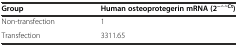
| Group | Human osteoprotegerin mRNA (2−△△Ct) |
 | --- | --- |
 | Non-transfection | 1 |
 | Transfection | 3311.65 |